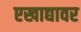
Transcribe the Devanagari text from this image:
एखाद्यावर